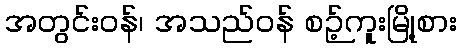
အတွင်းဝန်၊ အသည်ဝန် စဉ့်ကူးမြို့စား